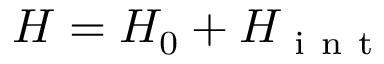
H = H _ { 0 } + H _ { \mathrm { ~ i ~ n ~ t ~ } }